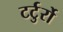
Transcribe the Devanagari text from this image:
टर्टुर्रो